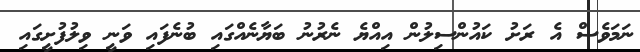
ނަމަވެސް އެ ރަށު ކައުންސިލުން އިއްޔެ ނެރުނު ބަޔާނެއްގައި ބުނެފައި ވަނީ ވިލުފުށީގައި